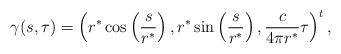
LaTeX: \begin{align*}\gamma(s,\tau)=\left( r^*\cos\left( \frac{s}{r^*}\right), r^*\sin\left( \frac{s}{r^*}\right), \frac{c}{4\pi r^*}\tau\right)^t,\end{align*}